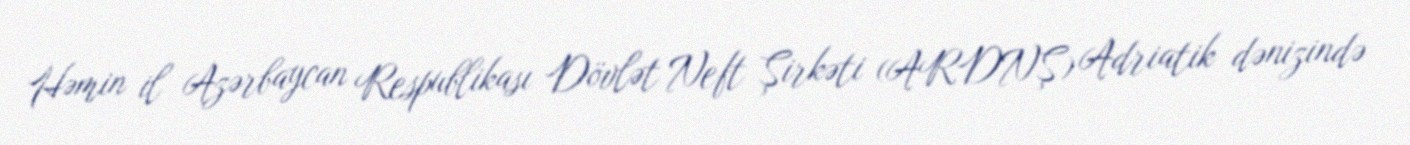
Həmin il Azərbaycan Respublikası Dövlət Neft Şirkəti (ARDNŞ) Adriatik dənizində